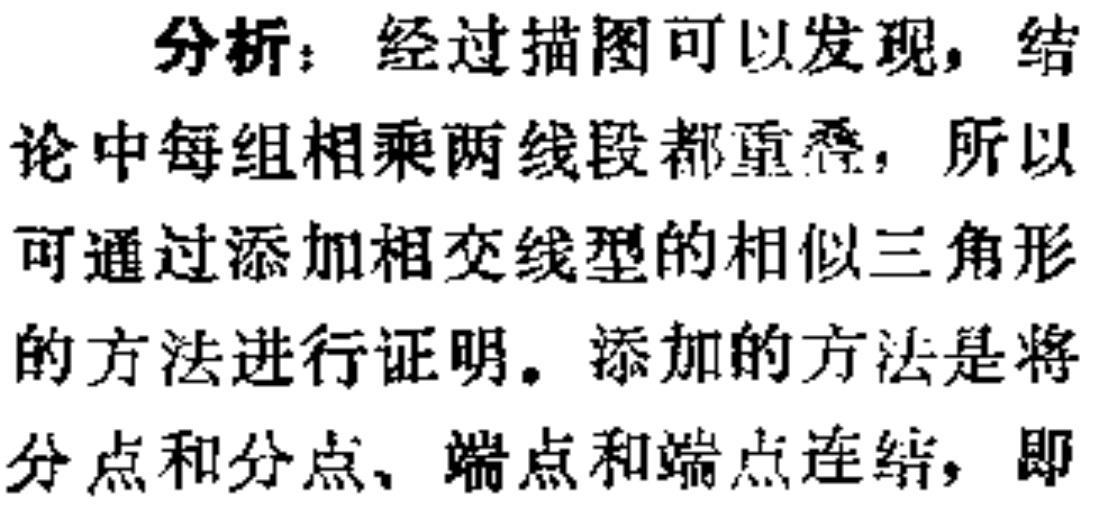
分析：经过描图可以发现，结论中每组相乘两线段都重叠，所以可通过添加相交线型的相似三角形的方法进行证明。添加的方法是将分点和分点、端点和端点连结，即